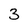
Character: 3